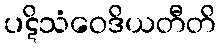
ပဋိသံဝေဒိယတီတိ